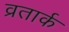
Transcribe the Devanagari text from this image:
व्रतार्क